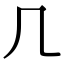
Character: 𠘧